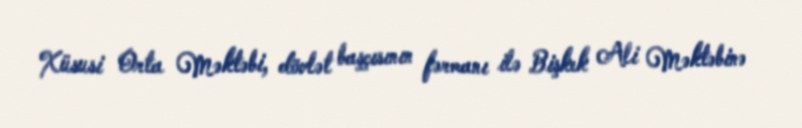
Xüsusi Orta Məktəbi, dövlət başçısının fərmanı ilə Bişkek Ali Məktəbinə